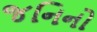
જનિનો